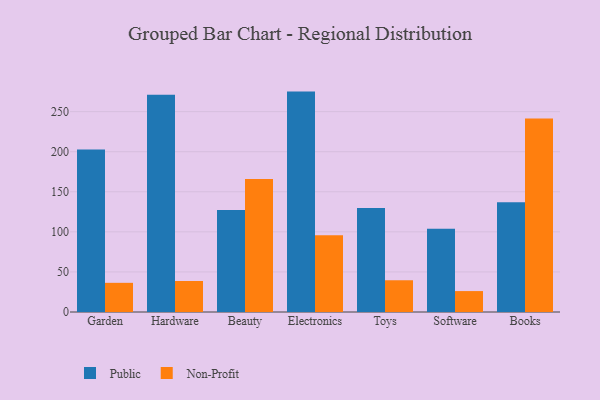
{"axis": {"x": "Category", "y": "Headcount"}, "legend": ["Non-Profit", "Public"], "data": [{"x": "Garden", "y": 202.8, "type": "Public"}, {"x": "Garden", "y": 36.4, "type": "Non-Profit"}, {"x": "Hardware", "y": 271.2, "type": "Public"}, {"x": "Hardware", "y": 38.7, "type": "Non-Profit"}, {"x": "Beauty", "y": 127.4, "type": "Public"}, {"x": "Beauty", "y": 165.8, "type": "Non-Profit"}, {"x": "Electronics", "y": 275.0, "type": "Public"}, {"x": "Electronics", "y": 95.9, "type": "Non-Profit"}, {"x": "Toys", "y": 129.7, "type": "Public"}, {"x": "Toys", "y": 39.6, "type": "Non-Profit"}, {"x": "Software", "y": 103.8, "type": "Public"}, {"x": "Software", "y": 26.1, "type": "Non-Profit"}, {"x": "Books", "y": 136.8, "type": "Public"}, {"x": "Books", "y": 241.5, "type": "Non-Profit"}]}